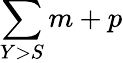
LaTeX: \sum\limits_{Y>S}m+p